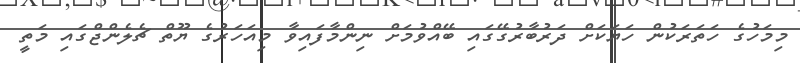
މިމަހުގެ ހަތަރަކުން ހަޔަކަށް ދަރުބާރުގޭގައި ބޭއްވުމަށް ނިންމާފައިވާ މިއަހަރުގެ ޔޫތް ޗެލެންޖްގައި މަތީ